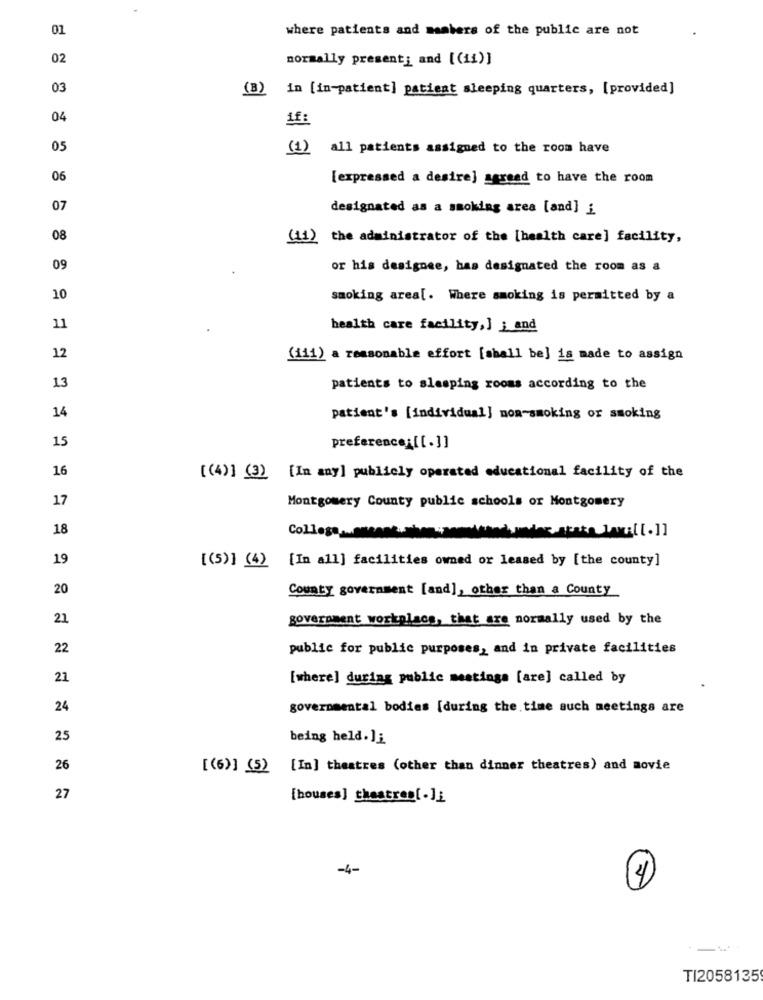
01
where patients and members of the public are not
02
normally present; and [(ii)]
03
(B)
in [in-patient] patient sleeping quarters, [provided]
04
if:
05
(1)
all patients assigned to the room have
06
[expressed a desire] seread to have the room
07
designated as a smoking area [and] i
08
(11) the administrator of the [health care] facility,
09
or his designee, has designated the room as a
10
smoking area[. Where smoking is permitted by a
11
health care facility,] ; and
12
(iii) a reasonable effort [shall be] is made to assign
13
patients to sleeping rooms according to the
14
patient's [individual] non-smoking or smoking
15
preference;[ [.]]
16
[(4)] (3) [In any] publicly operated educational facility of the
17
Montgomery County public schools or Montgomery
18
College ....
19
[In all] facilities owned or leased by [the county]
[(5)] (4)
20
County government [and], other than a County
21
government workplace, that are normally used by the
22
public for public purposes, and in private facilities
21
[where] during public mestings [are] called by
24
governmental bodies [during the time auch meetings are
25
being held. ]i
26
[(6)] (5) [In] theatres (other than dinner theatres) and movie
27
[houses] theatres[.]}
-4-
4
TI2058135